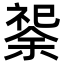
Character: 𫀟